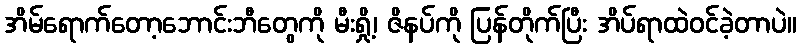
အိမ်ရောက်တော့ဘောင်းဘီတွေကို မီးရှို့၊ ဇိနပ်ကို ပြန်တိုက်ပြီး အိပ်ရာထဲဝင်ခဲ့တာပဲ။